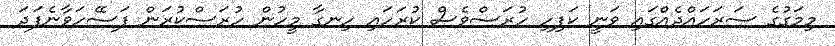
މިމަގުގެ ސަރަހައްދެއްގައި ވަނީ ކަފިހި ހުރަސްވެސް ކުރަހައި ހިނގާ މީހުން ހުރަސްކުރަން ފަސޭހަވާނެފަދަ